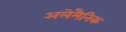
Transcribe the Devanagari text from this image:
अलेमैनिक